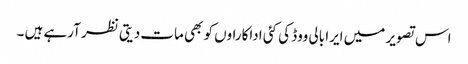
اس تصویر میں ایرا بالی ووڈ کی کئی اداکاراوں کو بھی مات دیتی نظر آرہے ہیں ۔